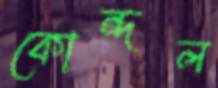
কোন্দল